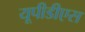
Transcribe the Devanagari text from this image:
यूपीडीएस